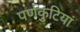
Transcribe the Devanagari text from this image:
पर्णकुटियां